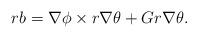
LaTeX: \begin{align*}rb=\nabla \phi\times r\nabla \theta+G r\nabla \theta.\end{align*}